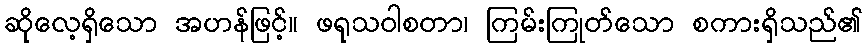
ဆိုလေ့ရှိသော အဟန်ဖြင့်။ ဖရုသဝါစတာ၊ ကြမ်းကြုတ်သော စကားရှိသည်၏